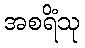
အစရိံသု